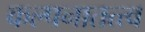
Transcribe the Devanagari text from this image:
कल्पनातत्त्व